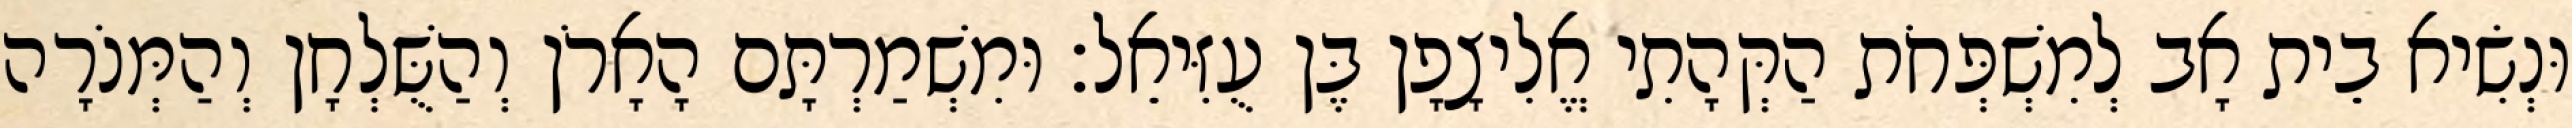
וּנְשִׂיא בֵית אָב לְמִשְׁפְּחֹת הַקְּהָתִי אֱלִיצָפָן בֶּן עֻזִּיאֵל׃ וּמִשְׁמַרְתָּם הָאָרֹן וְהַשֻּׁלְחָן וְהַמְּנֹרָה